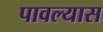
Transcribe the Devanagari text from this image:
पावल्यास